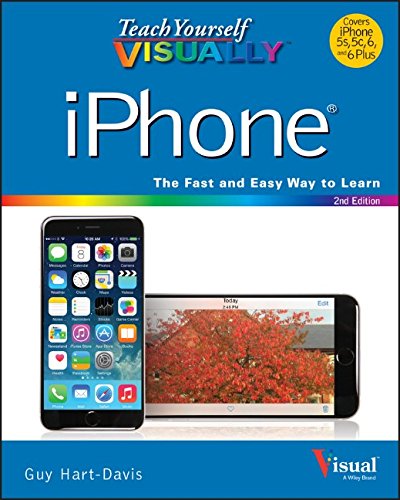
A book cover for Teach Yourself VISUALLY iPhone: Covers iOS 8 on iPhone 6, iPhone 6 Plus, iPhone 5s, and iPhone 5c (Teach Yourself VISUALLY (Tech)); Guy Hart-Davis; Engineering & Transportation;